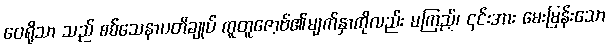
ဝေရိုသာ သည် စစ်သေနာပတိချုပ် ကူတူဇော့ဗ်၏မျက်နှာကိုလည်း မကြည့်၊ ၎င်းအား မေးမြန်းသော